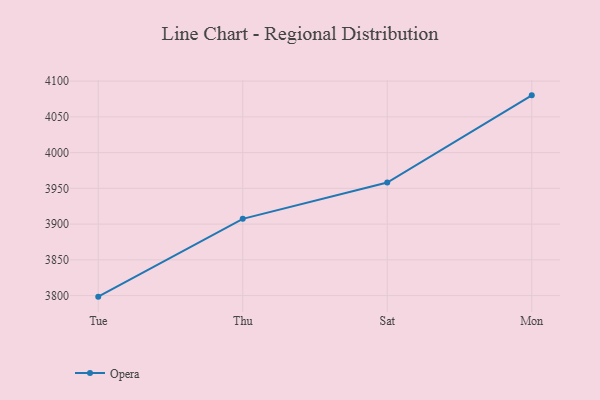
{"axis": {"x": "Day", "y": "Demand Index"}, "legend": ["Opera"], "data": [{"x": "Tue", "y": 3798.5, "type": "Opera"}, {"x": "Thu", "y": 3907.3, "type": "Opera"}, {"x": "Sat", "y": 3958.1, "type": "Opera"}, {"x": "Mon", "y": 4080.1, "type": "Opera"}]}